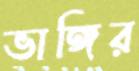
ভাঙ্গির